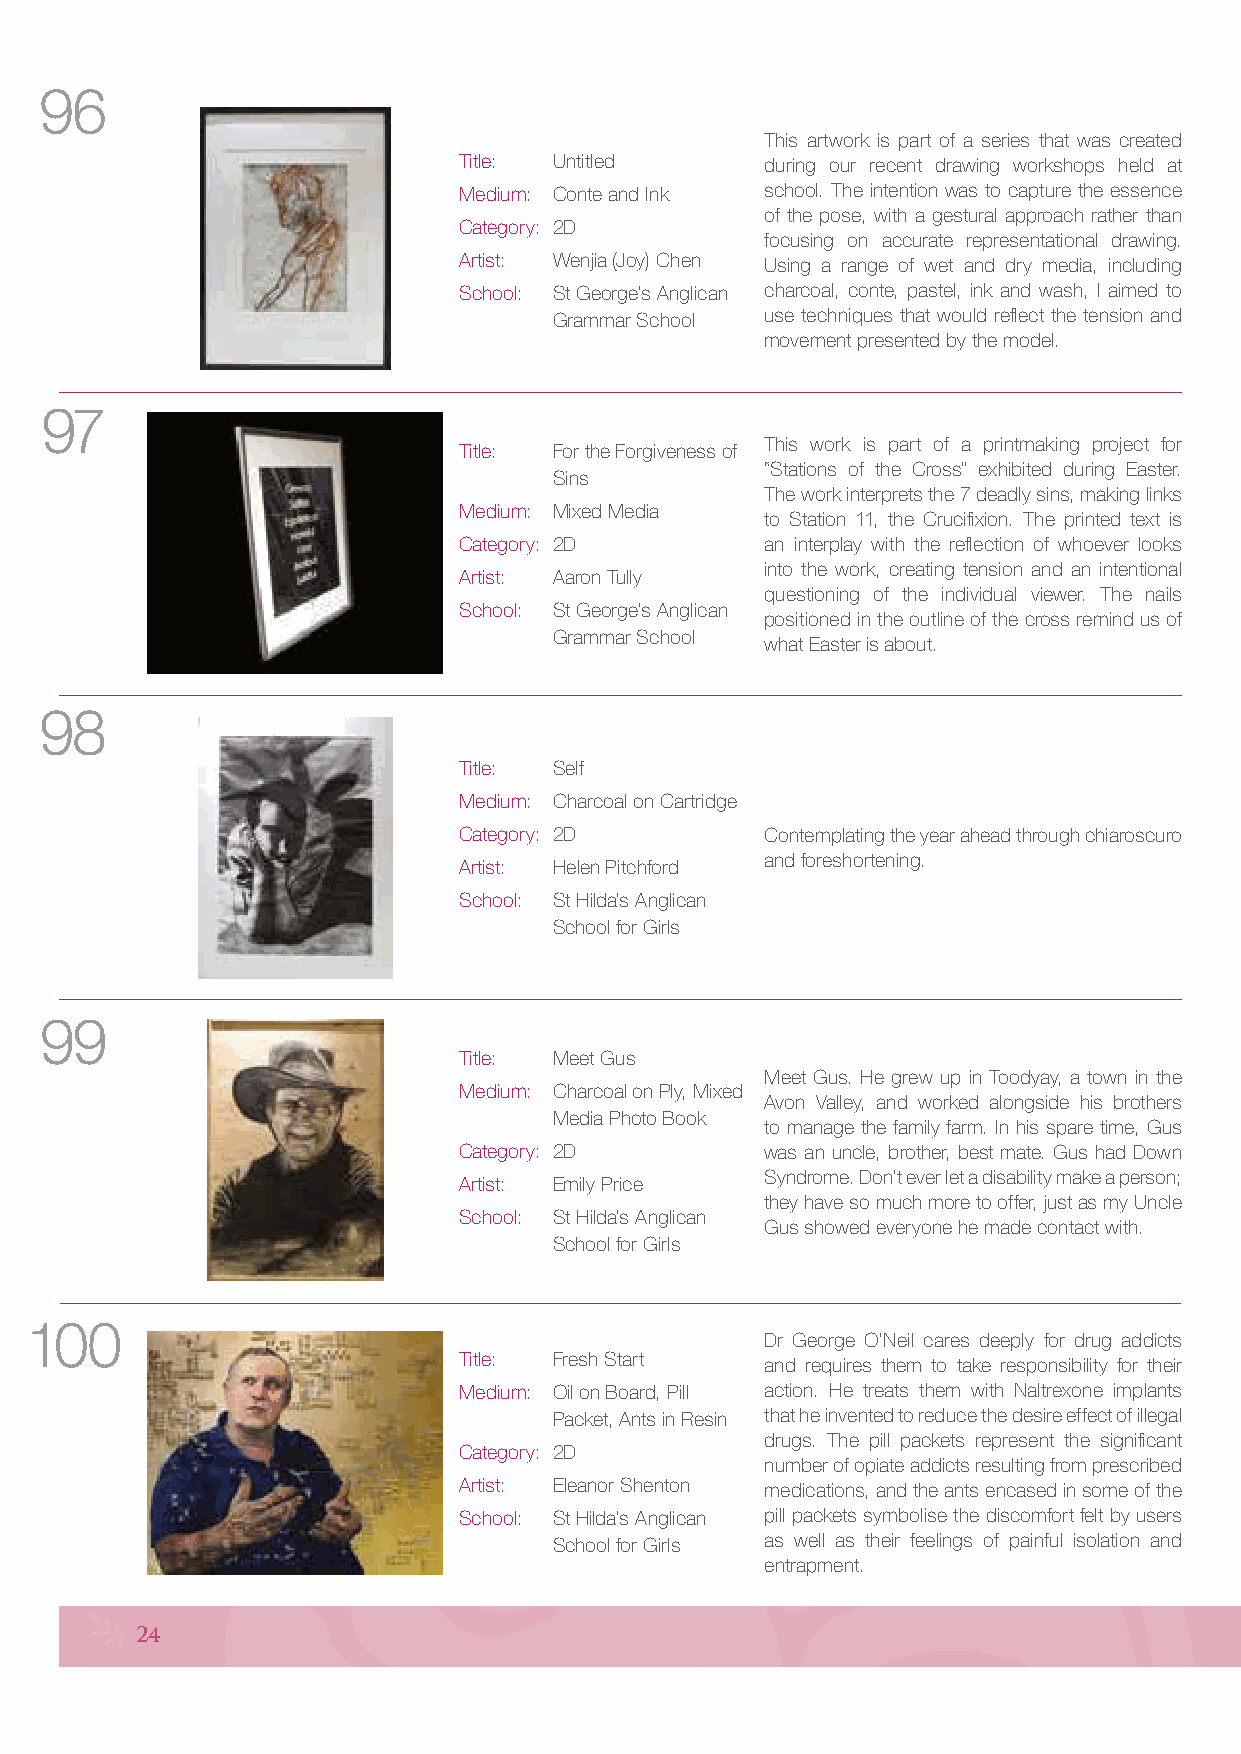
96
 This artwork is part of a series that was created
 Title: Untitled      during our recent drawing workshops held at
 Medium: Conte and Ink school. The intention was to capture the essence
 of the pose, with a gestural approach rather than
 Category: 2D
 focusing on accurate representational drawing.
 Artist: Wenjia (Joy) Chen Using a range of wet and dry media, including
 School: St George’s Anglican charcoal, conte, pastel, ink and wash, I aimed to
 Grammar School use techniques that would reflect the tension and
 movement presented by the model.
 97
 This work is part of a printmaking project for
 Title: For the Forgiveness of
 “Stations of the Cross” exhibited during Easter.
 Sins
 The work interprets the 7 deadly sins, making links
 Medium: Mixed Media
 to Station 11, the Crucifixion. The printed text is
 Category: 2D         an interplay with the reflection of whoever looks
 into the work, creating tension and an intentional
 Artist: Aaron Tully
 questioning of the individual viewer. The nails
 School: St George’s Anglican
 positioned in the outline of the cross remind us of
 Grammar School
 what Easter is about.
 98
 Title: Self
 Medium: Charcoal on Cartridge
 Category: 2D         Contemplating the year ahead through chiaroscuro
 and foreshortening.
 Artist: Helen Pitchford
 School: St Hilda’s Anglican
 School for Girls
 99
 Title: Meet Gus
 Meet Gus. He grew up in Toodyay, a town in the
 Medium: Charcoal on Ply, Mixed
 Avon Valley, and worked alongside his brothers
 Media Photo Book
 to manage the family farm. In his spare time, Gus
 Category: 2D         was an uncle, brother, best mate. Gus had Down
 Syndrome. Don’t ever let a disability make a person;
 Artist: Emily Price
 they have so much more to offer, just as my Uncle
 School: St Hilda’s Anglican
 Gus showed everyone he made contact with.
 School for Girls
 100
 Dr George O’Neil cares deeply for drug addicts
 Title: Fresh Start   and requires them to take responsibility for their
 Medium: Oil on Board, Pill action. He treats them with Naltrexone implants
 Packet, Ants in Resin that he invented to reduce the desire effect of illegal
 drugs. The pill packets represent the significant
 Category: 2D
 number of opiate addicts resulting from prescribed
 Artist: Eleanor Shenton medications, and the ants encased in some of the
 School: St Hilda’s Anglican pill packets symbolise the discomfort felt by users
 School for Girls as well as their feelings of painful isolation and
 entrapment.
 24